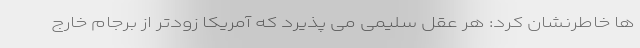
ها خاطرنشان کرد: هر عقل سلیمی می پذیرد که آمریکا زودتر از برجام خارج